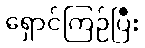
ရှောင်ကြဉ်ပြီး